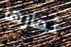
ثمارها